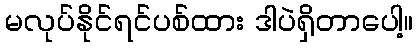
မလုပ်နိုင်ရင်ပစ်ထား ဒါပဲရှိတာပေါ့။